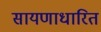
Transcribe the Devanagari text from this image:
सायणाधारित